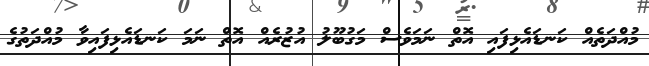
މުއްދަތެއް ކަނޑައެޅިފައި އޮތް ނަމަވެސް މަގުބޫލު އުޒުރެއް އޮތް ނަމަ ކަނޑައެޅިފައިވާ މުއްދަތުގެ